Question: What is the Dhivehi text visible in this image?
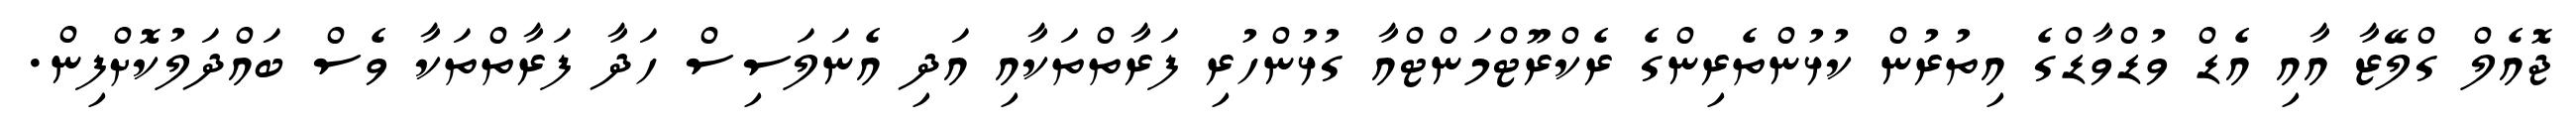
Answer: ޖޮއެލް ގްލޭޒާ އާއި އެޑް ވުޑްވާޑްގެ އިތުރުން ކުޅުންތެރިންގެ ރެކްރޫޓްމަންޓްއާ ގުޅުންހުރި ފަރާތްތަކާއި އަދި އެނަލަސިސް ހަދާ ފަރާތްތަކާ ވެސް ބައްދަލުކޮށްފިން.